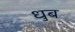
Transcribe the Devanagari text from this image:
धुब